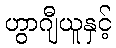
ဟွာဂျီယူနှင့်